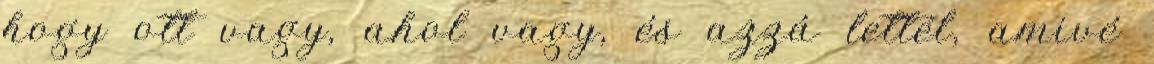
hogy ott vagy, ahol vagy, és azzá lettél, amivé